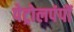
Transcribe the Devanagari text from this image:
पेट्रोलपंपों